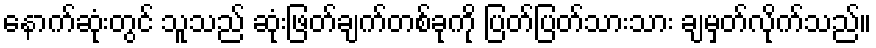
နောက်ဆုံးတွင် သူသည် ဆုံးဖြတ်ချက်တစ်ခုကို ပြတ်ပြတ်သားသား ချမှတ်လိုက်သည်။